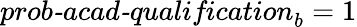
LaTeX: \textit{prob-acad-qualification}_{b}=1